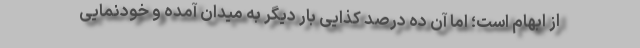
از ابهام است؛ اما آن ده درصدِ کذایی بار دیگر به میدان آمده و خودنمایی